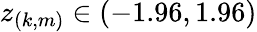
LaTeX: z_{(k,m)}\in(-1.96,1.96)